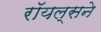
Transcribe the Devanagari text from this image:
रॉयल्सने